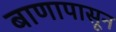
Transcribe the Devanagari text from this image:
बाणापासून